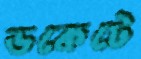
ডকেটে